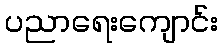
ပညာရေးကျောင်း